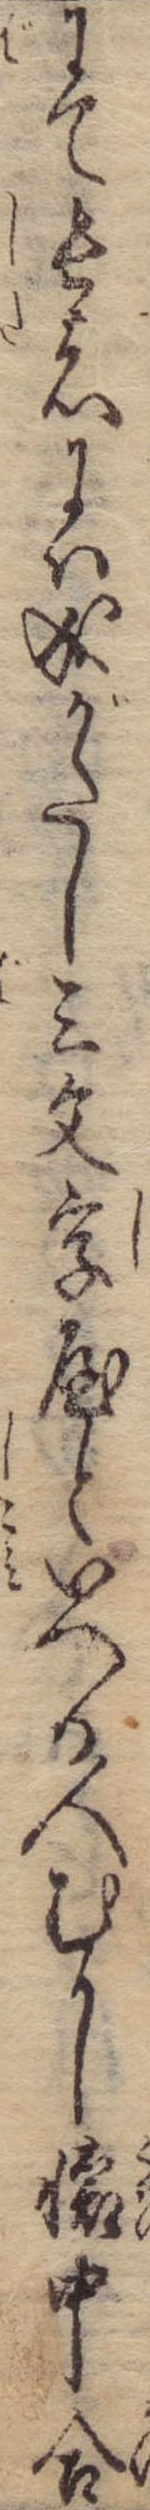
にて長者には成がたし三文字屋といへる人むかし懐中合